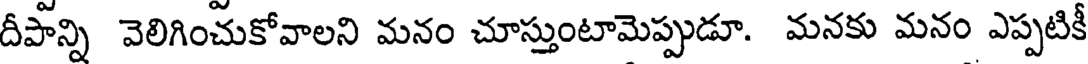
దీపాన్ని వెలిగించుకోవాలని మనం చూస్తుంటామెప్పుడూ. మనకు మనం ఎప్పటికీ